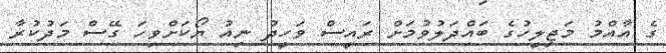
ގެ އާއްމު މަޖިލީހުގެ ބައްދަލުވުމަށް ރައީސް ވަހީދު ނިއު ޔޯކަށްވިހަ ގޭސް މަދުކުރާ